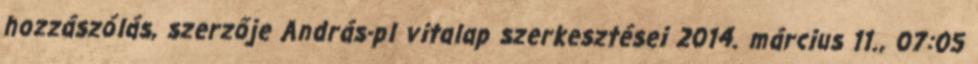
hozzászólás, szerzője András-pl vitalap szerkesztései 2014. március 11., 07:05‎